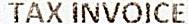
TAX INVOICE